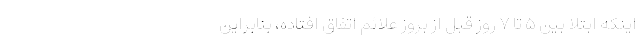
اینکه ابتلا بین ۵ تا ۷ روز قبل از بروز علائم اتفاق افتاده، بنابراین